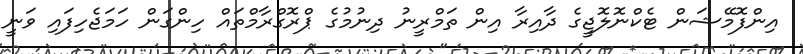
އިންފޮމޭޝަން ޓެކްނޮލޮޖީގެ ދާއިރާ އިން ތަމްރީނު ދިނުމުގެ ޕްރޮގްރާމްތައް ހިންގަން ހަމަޖެހިފައި ވަނީ